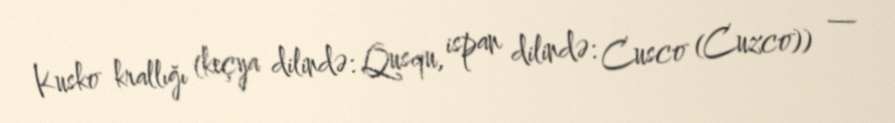
Kusko krallığı (keçya dilində: Qusqu, ispan dilində: Cusco (Cuzco)) —